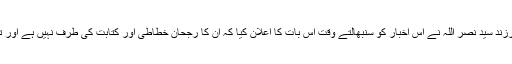
[5] فضل اللہ کے فرزند سید نصر اللہ نے اس اخبار کو سنبھالتے وقت اس بات کا اعلان کیا کہ ان کا رجحان خطاطی اور کتابت کی طرف نہیں ہے اور تبدیلیاں ہوسکتی ہیں۔